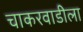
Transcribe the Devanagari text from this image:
चाकरवाडीला